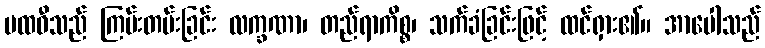
ပထဝီသည် ကြမ်းတမ်းခြင်း လက္ခဏာ၊ တည်ရာကိစ္စ၊ သက်ခံခြင်းဖြင့် ထင်ရှား၏။ အာပေါသည်